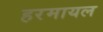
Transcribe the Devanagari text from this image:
हरमायल